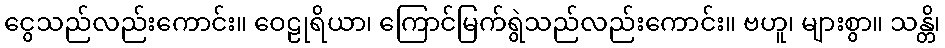
ငွေသည်လည်းကောင်း။ ဝေဠုရိယာ၊ ကြောင်မြက်ရွဲသည်လည်းကောင်း။ ဗဟူ၊ များစွာ။ သန္တိ၊